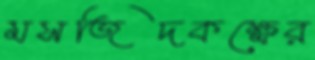
মসজিদকক্ষের